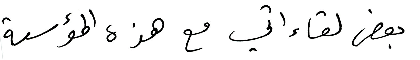
بعض لقاءاتي مع هذه المؤسسة